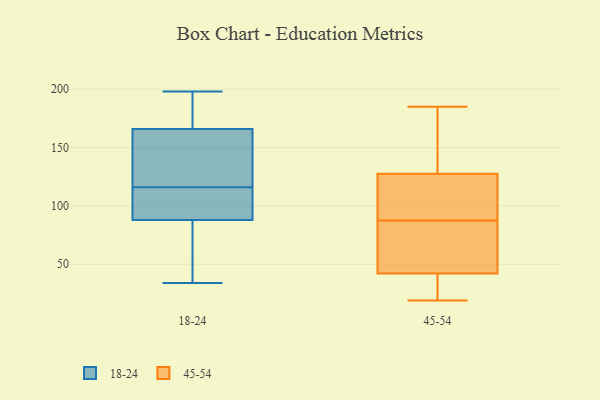
{"axis": {"x": "Gross Profit (USD K)", "y": "Value"}, "legend": ["18-24", "45-54"], "data": [{"x": "", "y": 129, "type": "18-24"}, {"x": "", "y": 90, "type": "18-24"}, {"x": "", "y": 198, "type": "18-24"}, {"x": "", "y": 103, "type": "18-24"}, {"x": "", "y": 180, "type": "18-24"}, {"x": "", "y": 134, "type": "18-24"}, {"x": "", "y": 88, "type": "18-24"}, {"x": "", "y": 34, "type": "18-24"}, {"x": "", "y": 40, "type": "18-24"}, {"x": "", "y": 166, "type": "18-24"}, {"x": "", "y": 177, "type": "18-24"}, {"x": "", "y": 44, "type": "18-24"}, {"x": "", "y": 140, "type": "18-24"}, {"x": "", "y": 88, "type": "18-24"}, {"x": "", "y": 134, "type": "45-54"}, {"x": "", "y": 86, "type": "45-54"}, {"x": "", "y": 70, "type": "45-54"}, {"x": "", "y": 27, "type": "45-54"}, {"x": "", "y": 19, "type": "45-54"}, {"x": "", "y": 49, "type": "45-54"}, {"x": "", "y": 113, "type": "45-54"}, {"x": "", "y": 35, "type": "45-54"}, {"x": "", "y": 89, "type": "45-54"}, {"x": "", "y": 167, "type": "45-54"}, {"x": "", "y": 185, "type": "45-54"}, {"x": "", "y": 121, "type": "45-54"}]}